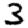
Digit: 3